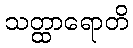
သတ္ထာရောတိ